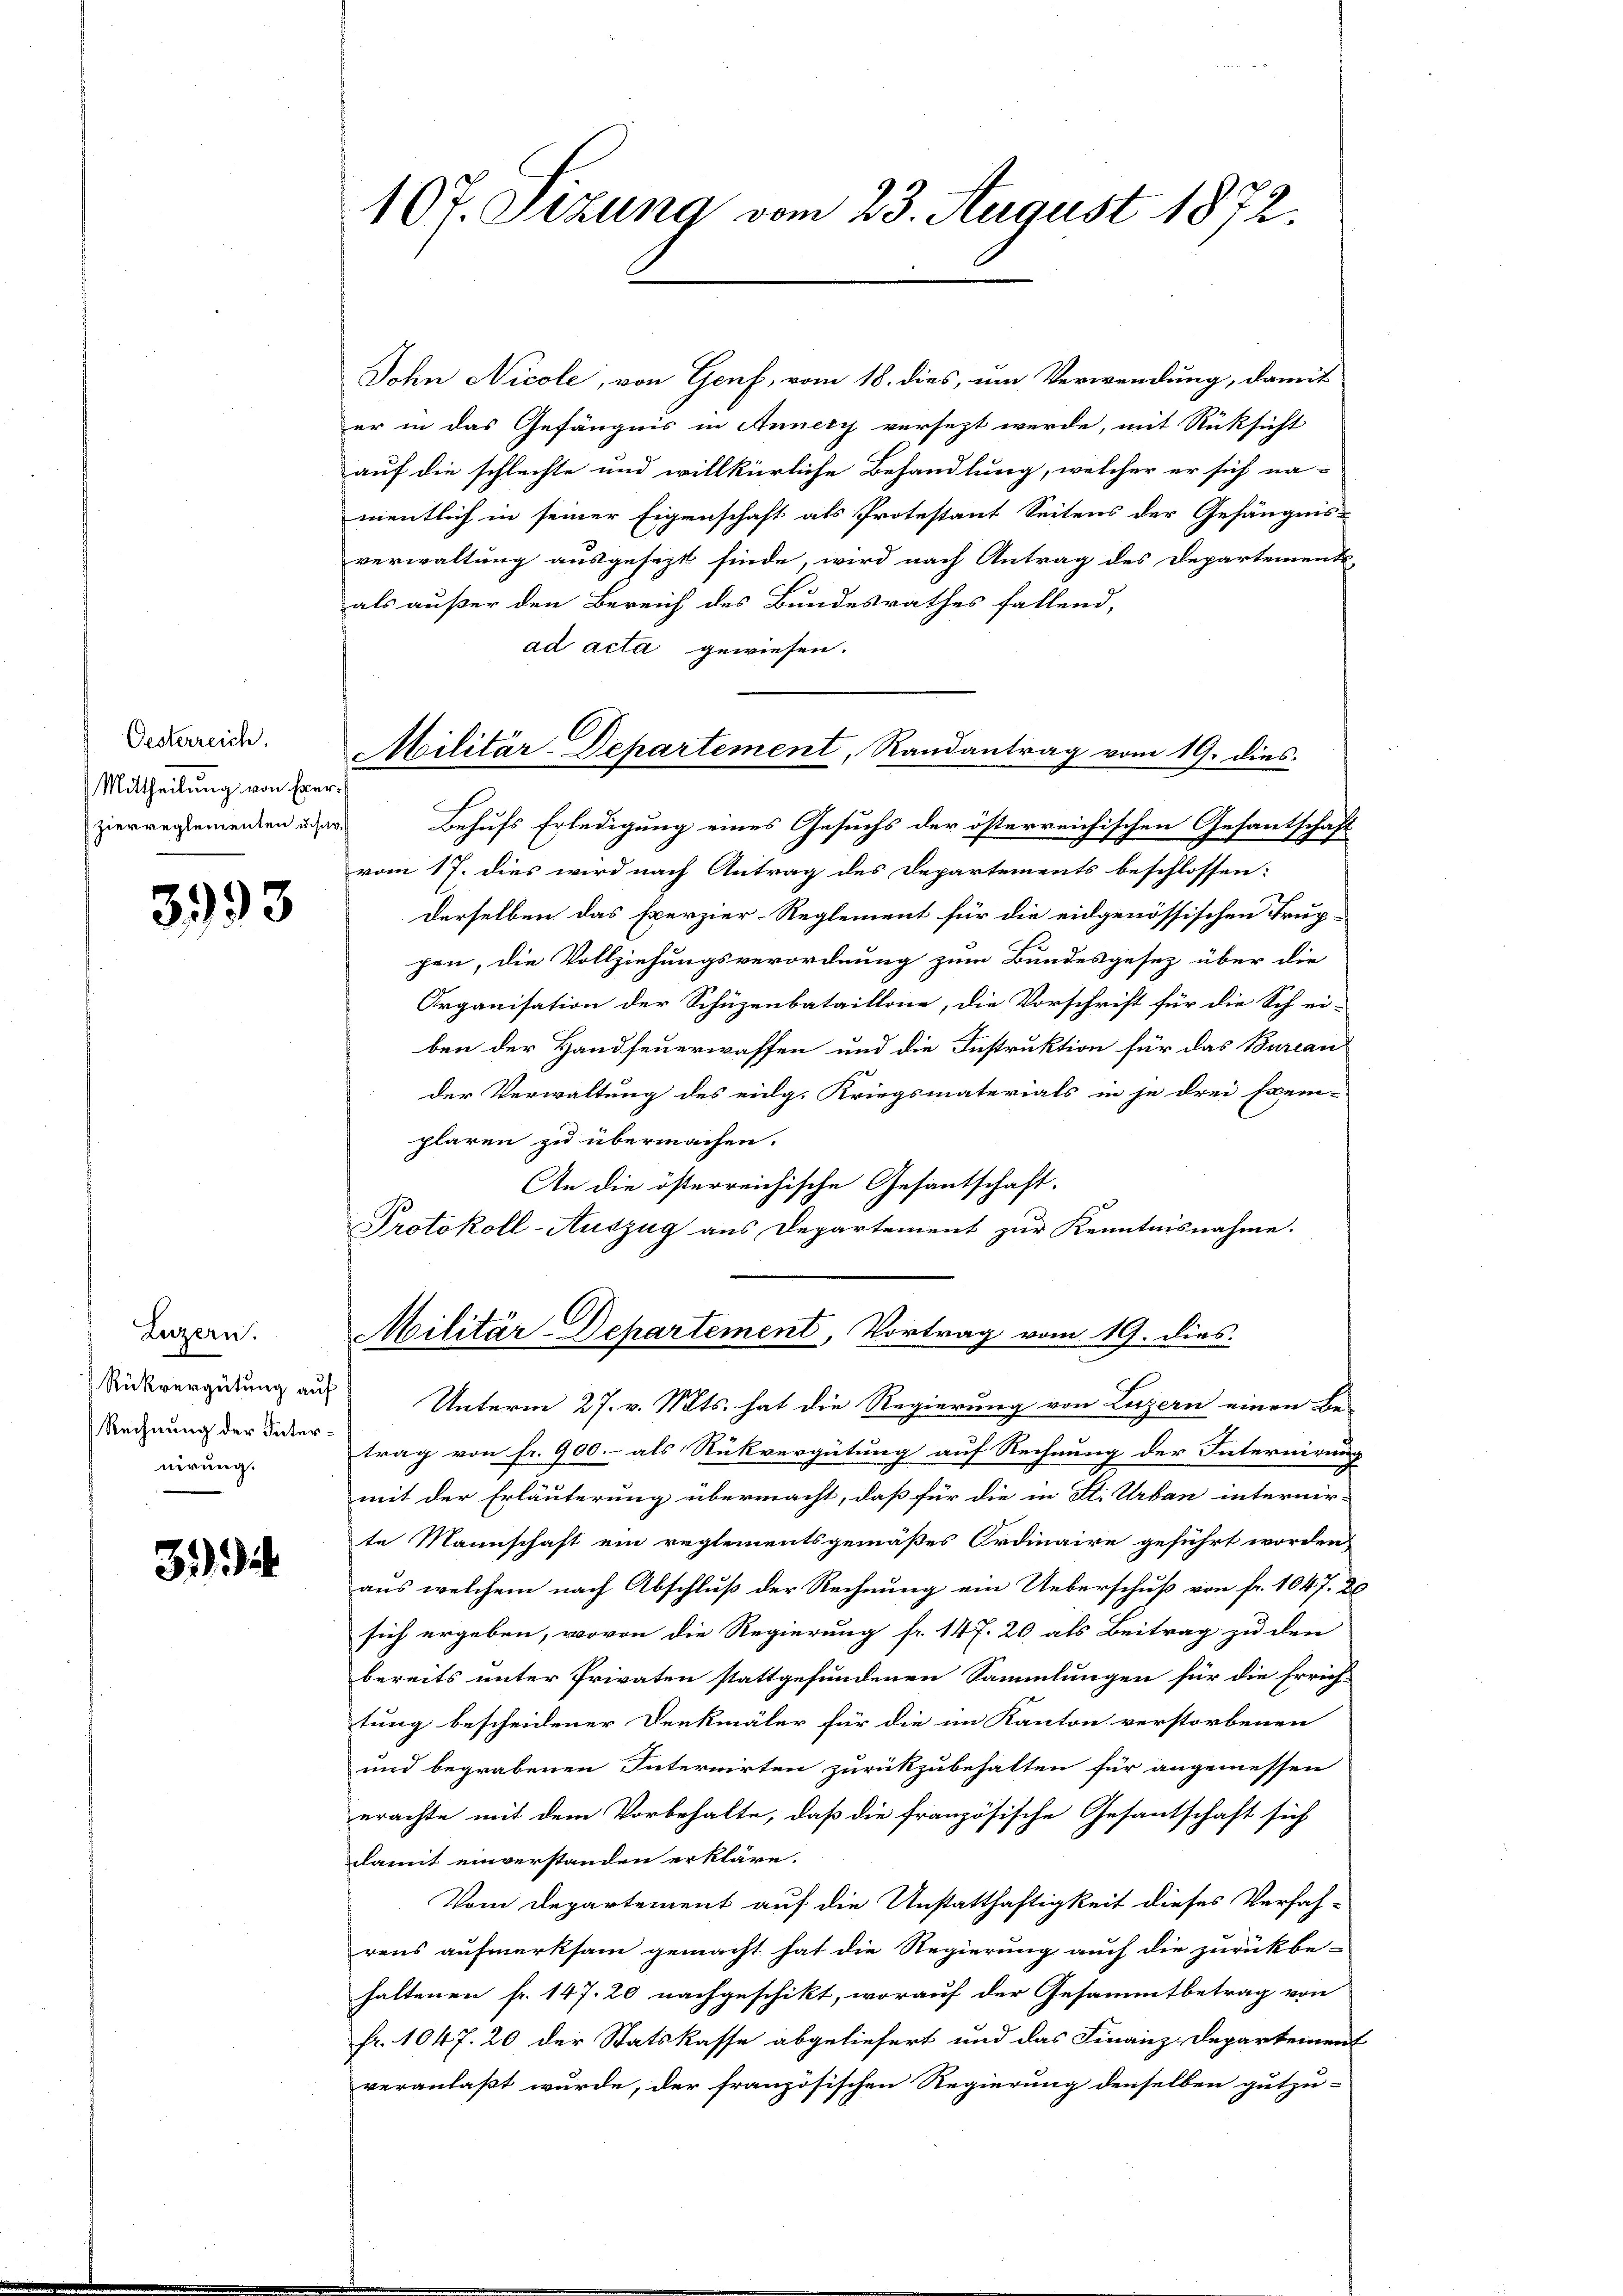
Oesterreich.
Mittheilung von Exer¬
Zierreglementen u. sar¬

3993

Luzern.
Rückvergütung auf
Rechnung der Internirung.

3.)

167 Sizung vom 23. August 1872

Sohin Nicole, von Genf, vom 18. dies, um Verwendung, damit
er in das Gefängnis in Annery versezt werde, mit Rücksicht
auf die schlechte und willkürliche Behandlung, welcher er sich na-
mentlich in seiner Eigenschaft als Protestant Seitens der Gefängnis-
verwaltung ausgesezt finde, wird nach Antrag des Departement,
als außer den Bereich des Bundesrathes fallend,
ad acta gewiesen.
Behufs Erledigung eines Gesuchs der österreichischen Gesantschaft
vom 17. dies wird nach Antrag des Departements beschlossen:
derselben das Exerzier-Reglement für die eidgenössischen Trup-
pen, die Vollziehungsverordnung zum Bundesgesez über die
Organisation der Schüzenbataillone, die Vorschrift für die Schei-
ben der Handfeuerwaffen und die Instruktion für das Bureau
der Verwaltung des eidg. Kriegsmaterials in je drei Exem-
plaren zu übermachen.
An die österreichische Gesantschaft.
Protokoll-Auszug aus Departement zur Kenntnisnahme.
Militär-Departement, Vortrag vom 19. dies
Unterm 27. v. Mts. hat die Regierung von Luzern einen Be-
trag von fr. 900.- als Rückvergütung auf Rechnung der Internirung
mit der Erläuterung übermacht, daß für die in St. Urban internir-
te Mannschaft ein reglementsgemäßes Ordinaire geführt worden
aus welchem nach Abschluß der Rechnung ein Ueberschuß von fr. 1047. 20
sich ergeben, wovon die Regierung fr. 147. 20 als Beitrag zu den
bereits unter Privaten stattgefundenen Sammlungen für die Errich-
tung bescheidener Denkmäler für die im Kanton verstorbenen
und begrabenen Internirten zurückzubehalten für angemessen
erachte mit dem Vorbehalte, daß die französische Gesantschaft sich
damit einverstanden erkläre.
Vom Departement auf die Unstatthaftigkeit dieses Verfah-
rens aufmerksam gemacht hat die Regierung auch die zurückbe-
haltenen fr. 147. 20 nachgeschikt, worauf der Gesammtbetrag von
fr. 1047. 20 der Statskasse abgeliefert und das Finanz-Departement
veranlaßt wurde, der französischen Regierung denselben gutzu-

Militär-Departement, Randantrag vom 19. dies